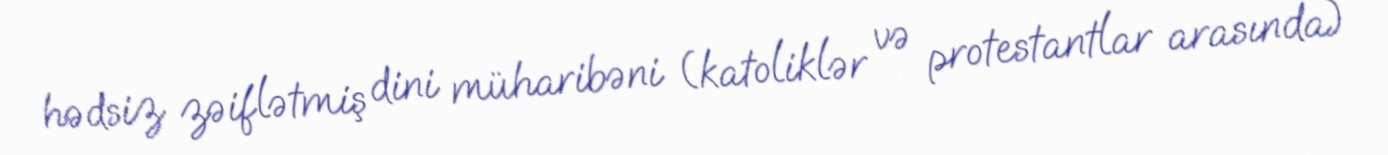
hədsiz zəiflətmiş dini müharibəni (katoliklər və protestantlar arasında)